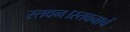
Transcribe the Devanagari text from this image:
स्तवन।स्तवनाचें